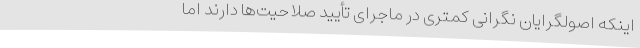
اینکه اصولگرایان نگرانی کمتری در ماجرای تأیید صلاحیت‌ها دارند اما